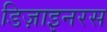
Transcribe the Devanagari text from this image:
डिज़ाइनरस